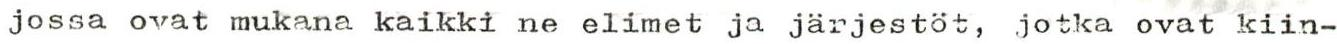
jossa ovat mukana kaikki ne elimet ja järjestöt, jotka ovat kiin-